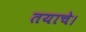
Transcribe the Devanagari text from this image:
तयाचे।